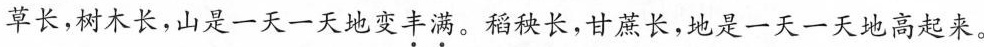
草长，树木长，山是一天一天地变丰满。稻秧长，甘蔗长，地是一天一天地高起来。